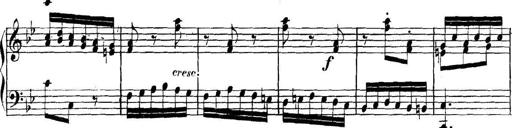
Title: Collected Piano Sonatas
Composer: Muzio Clementi